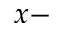
x -